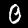
Label: 0